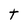
Character: t